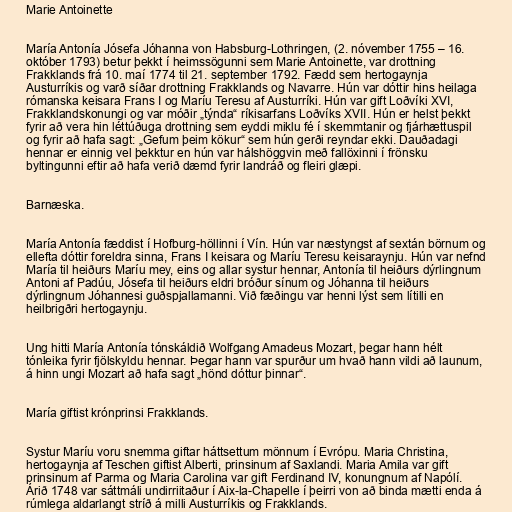
Marie Antoinette

María Antonía Jósefa Jóhanna von Habsburg-Lothringen, (2. nóvember 1755 – 16.
október 1793) betur þekkt í heimssögunni sem Marie Antoinette, var drottning
Frakklands frá 10. maí 1774 til 21. september 1792. Fædd sem hertogaynja
Austurríkis og varð síðar drottning Frakklands og Navarre. Hún var dóttir hins heilaga
rómanska keisara Frans I og Maríu Teresu af Austurríki. Hún var gift Loðvíki XVI,
Frakklandskonungi og var móðir „týnda“ ríkisarfans Loðvíks XVII. Hún er helst þekkt
fyrir að vera hin léttúðuga drottning sem eyddi miklu fé í skemmtanir og fjárhættuspil
og fyrir að hafa sagt: „Gefum þeim kökur“ sem hún gerði reyndar ekki. Dauðadagi
hennar er einnig vel þekktur en hún var hálshöggvin með fallöxinni í frönsku
byltingunni eftir að hafa verið dæmd fyrir landráð og fleiri glæpi.

Barnæska.

María Antonía fæddist í Hofburg-höllinni í Vín. Hún var næstyngst af sextán börnum og
ellefta dóttir foreldra sinna, Frans I keisara og Maríu Teresu keisaraynju. Hún var nefnd
María til heiðurs Maríu mey, eins og allar systur hennar, Antonía til heiðurs dýrlingnum
Antoni af Padúu, Jósefa til heiðurs eldri bróður sínum og Jóhanna til heiðurs
dýrlingnum Jóhannesi guðspjallamanni. Við fæðingu var henni lýst sem lítilli en
heilbrigðri hertogaynju.

Ung hitti María Antonía tónskáldið Wolfgang Amadeus Mozart, þegar hann hélt
tónleika fyrir fjölskyldu hennar. Þegar hann var spurður um hvað hann vildi að launum,
á hinn ungi Mozart að hafa sagt „hönd dóttur þinnar“.

María giftist krónprinsi Frakklands.

Systur Maríu voru snemma giftar háttsettum mönnum í Evrópu. Maria Christina,
hertogaynja af Teschen giftist Alberti, prinsinum af Saxlandi. Maria Amila var gift
prinsinum af Parma og Maria Carolina var gift Ferdinand IV, konungnum af Napólí.
Árið 1748 var sáttmáli undirriitaður í Aix-la-Chapelle í þeirri von að binda mætti enda á
rúmlega aldarlangt stríð á milli Austurríkis og Frakklands.